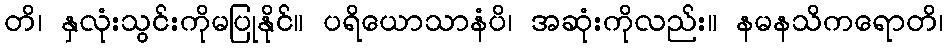
တိ၊ နှလုံးသွင်းကိုမပြုနိုင်။ ပရိယောသာနံပိ၊ အဆုံးကိုလည်း။ နမနသိကရောတိ၊